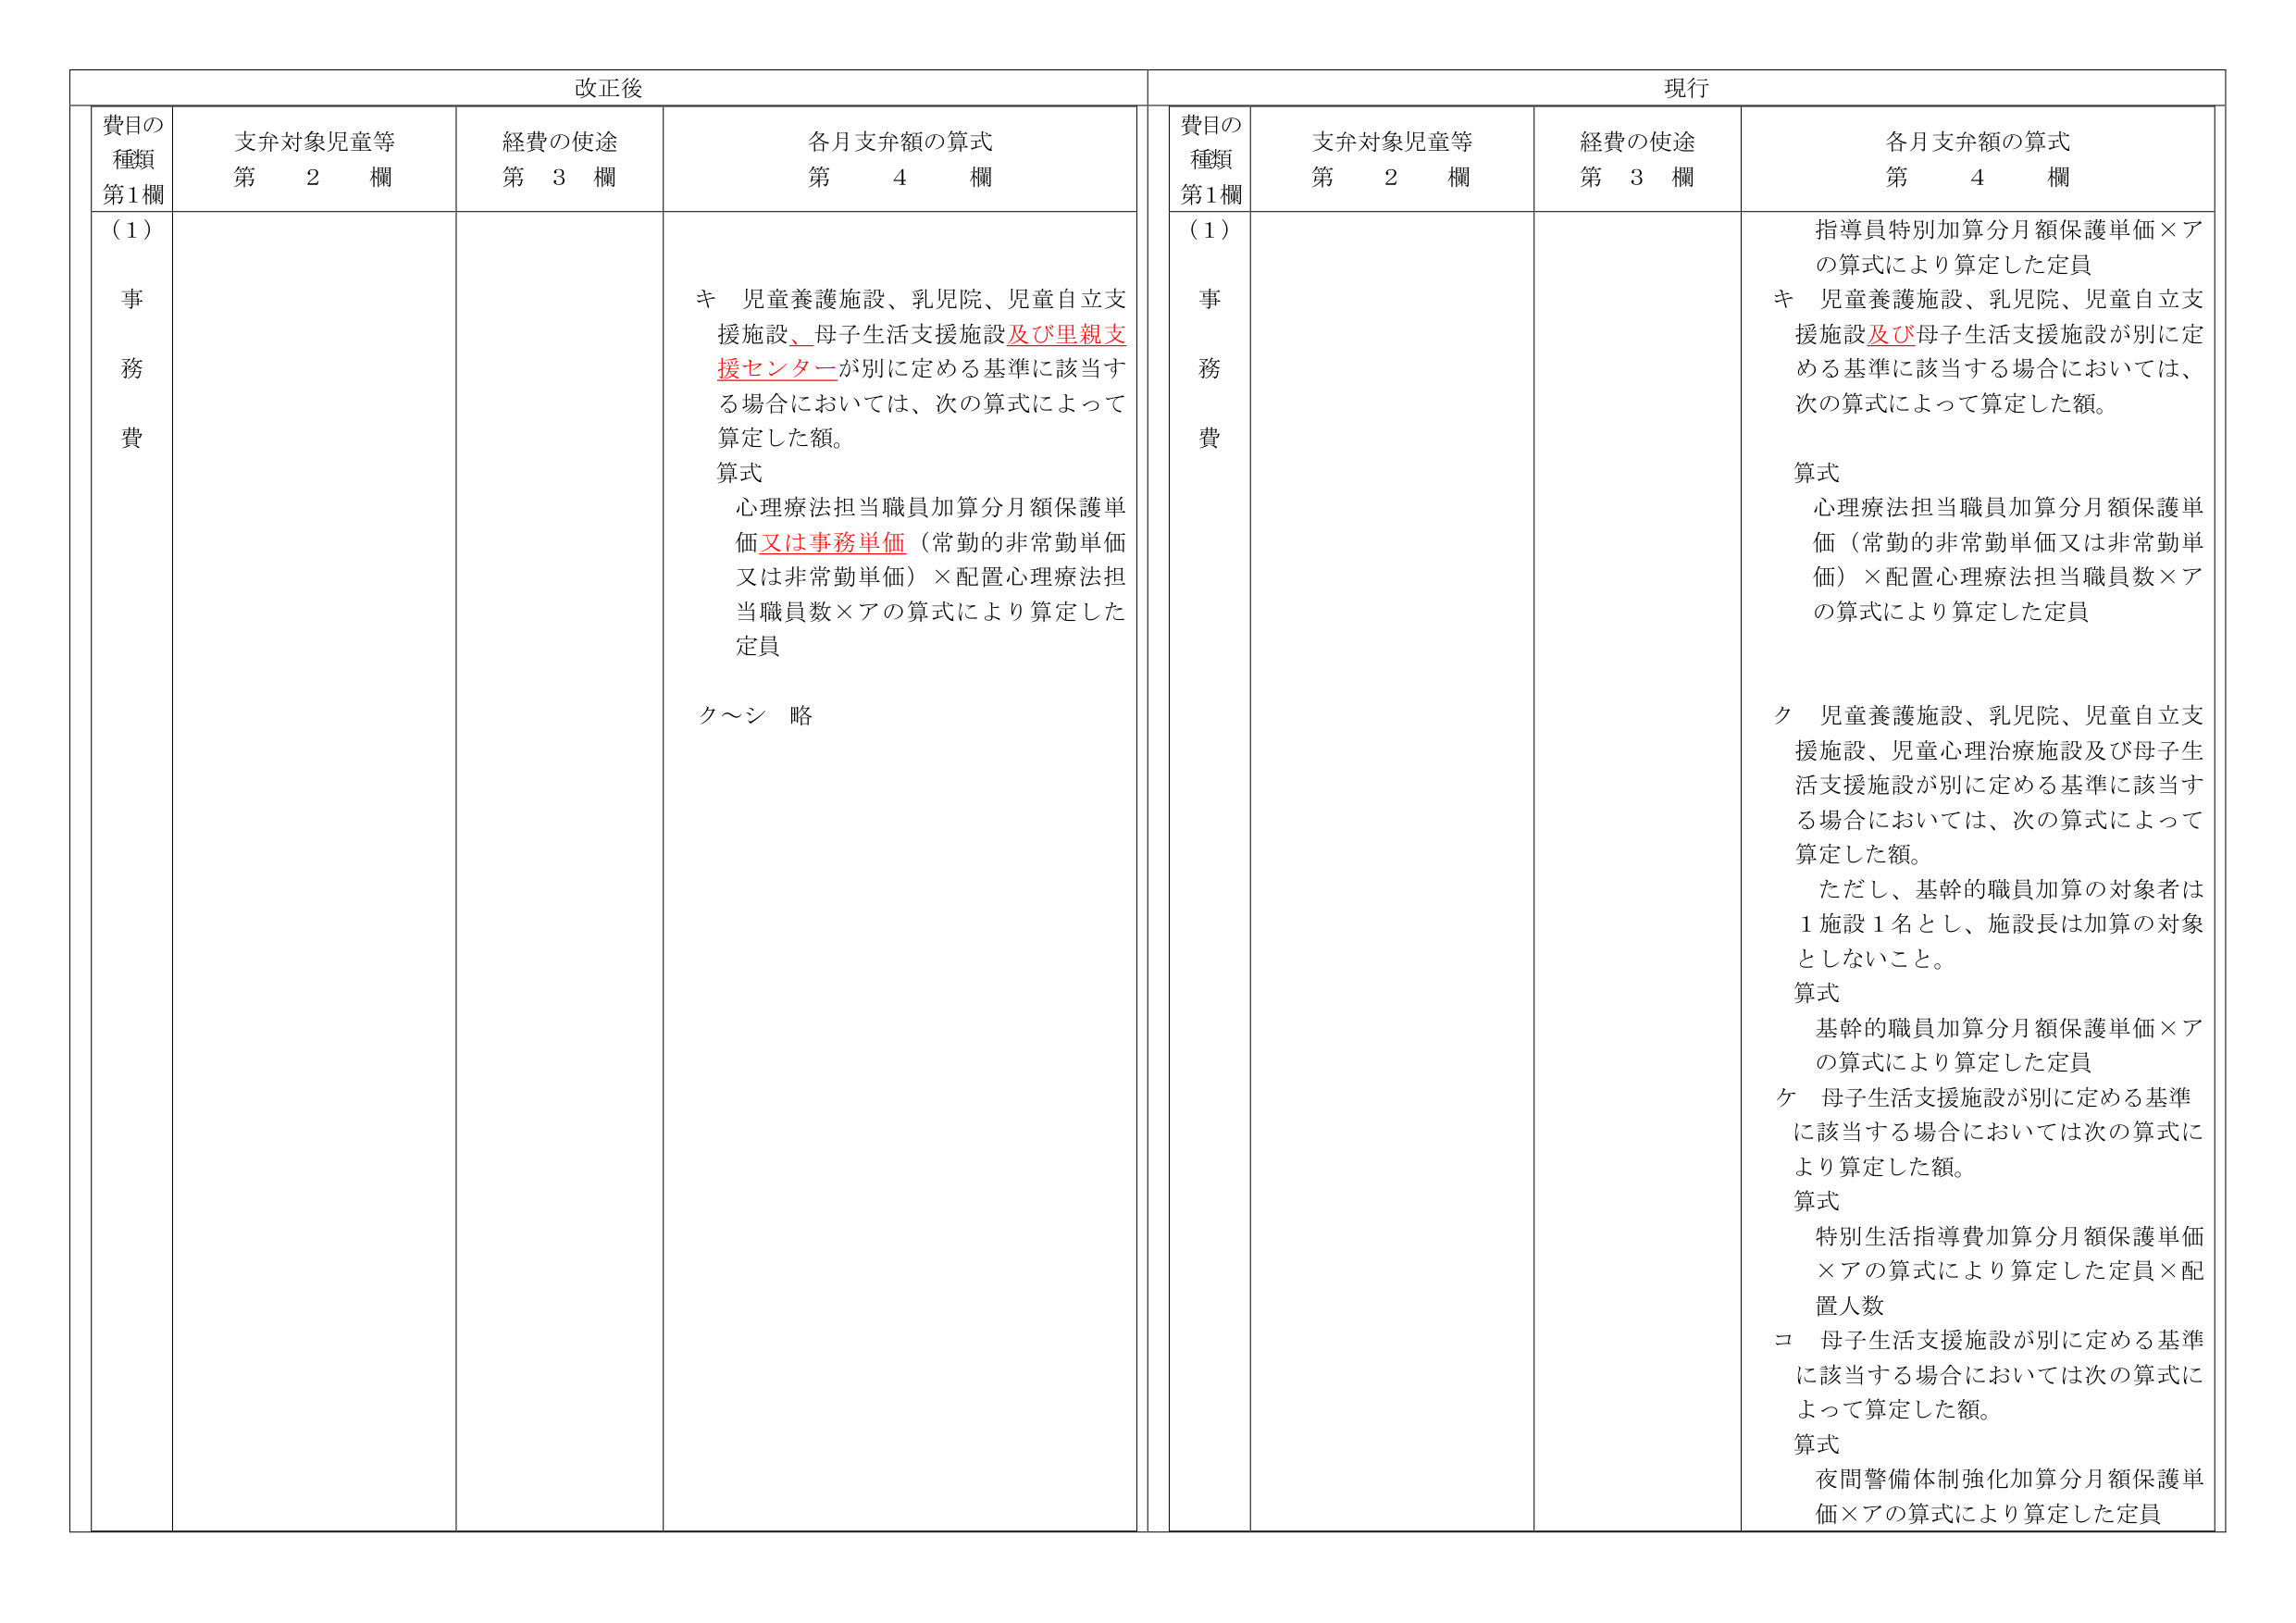
改正後

費目の
種類
第1欄

支弁対象児童等
第　2　欄

経費の使途
第　3　欄

各月支弁額の算式
第　4　欄

（1）
事
務
費

キ　児童養護施設、乳児院、児童自立支援施設、母子生活支援施設及び里親支援センターが別に定める基準に該当する場合においては、次の算式によって算定した額。
算式
心理療法担当職員加算分月額保護単価又は事務単価（常勤的非常勤単価又は非常勤単価）×配置心理療法担当職員数×アの算式により算定した定員
ク～シ　略

現行

費目の
種類
第1欄

支弁対象児童等
第　2　欄

経費の使途
第　3　欄

各月支弁額の算式
第　4　欄

（1）
事
務
費

指導員特別加算分月額保護単価×アの算式により算定した定員
キ　児童養護施設、乳児院、児童自立支援施設及び母子生活支援施設が別に定める基準に該当する場合においては、次の算式によって算定した額。
算式
心理療法担当職員加算分月額保護単価（常勤的非常勤単価又は非常勤単価）×配置心理療法担当職員数×アの算式により算定した定員
ク　児童養護施設、乳児院、児童自立支援施設、児童心理治療施設及び母子生活支援施設が別に定める基準に該当する場合においては、次の算式によって算定した額。
　ただし、基幹的職員加算の対象者は1施設1名とし、施設長は加算の対象としないこと。
算式
基幹的職員加算分月額保護単価×アの算式により算定した定員
ケ　母子生活支援施設が別に定める基準に該当する場合においては次の算式により算定した額。
算式
特別生活指導費加算分月額保護単価×アの算式により算定した定員×配置人数
コ　母子生活支援施設が別に定める基準に該当する場合においては次の算式によって算定した額。
算式
夜間警備体制強化加算分月額保護単価×アの算式により算定した定員